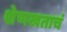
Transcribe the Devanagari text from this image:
शेणखताचं